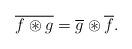
LaTeX: \begin{align*}\overline{f\circledast g}=\overline{g}\circledast\overline{f}.\end{align*}